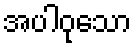
အပါဝုသော